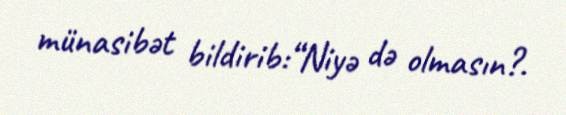
münasibət bildirib:“Niyə də olmasın?.